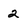
Character: 2